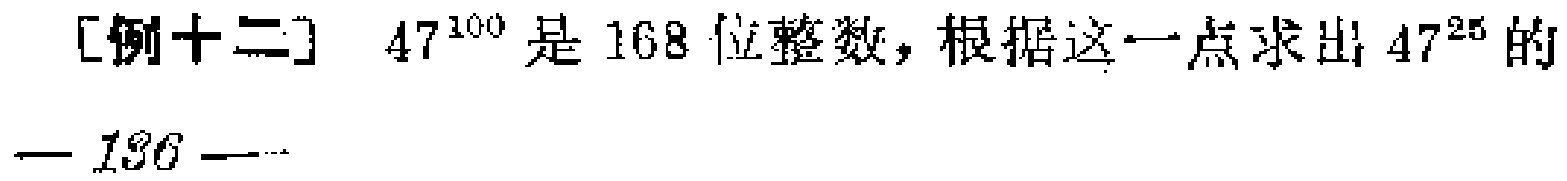
[例十二] \(47^{100}\) 是 \(168\) 位整数，根据这一点求出 \(47^{25}\) 的
— \(136\) —